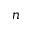
n